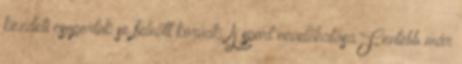
kezdeti csoportok se felnőtt korúak. A sport nevelőhatása.Fentebb már